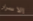
الاسرار